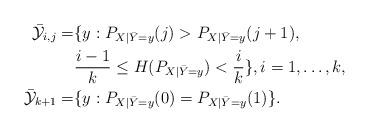
LaTeX: \begin{align*}\mathcal{\bar{Y}}_{i,j}=&\{y:P_{X|\bar{Y}=y}(j)>P_{X|\bar{Y}=y}(j+1),\\&\frac{i-1}{k}\le H(P_{X|\bar{Y}=y})<\frac{i}{k}\},i=1,\dots,k,\\\mathcal{\bar{Y}}_{k+1}=&\{y:P_{X|\bar{Y}=y}(0)=P_{X|\bar{Y}=y}(1)\}.\end{align*}